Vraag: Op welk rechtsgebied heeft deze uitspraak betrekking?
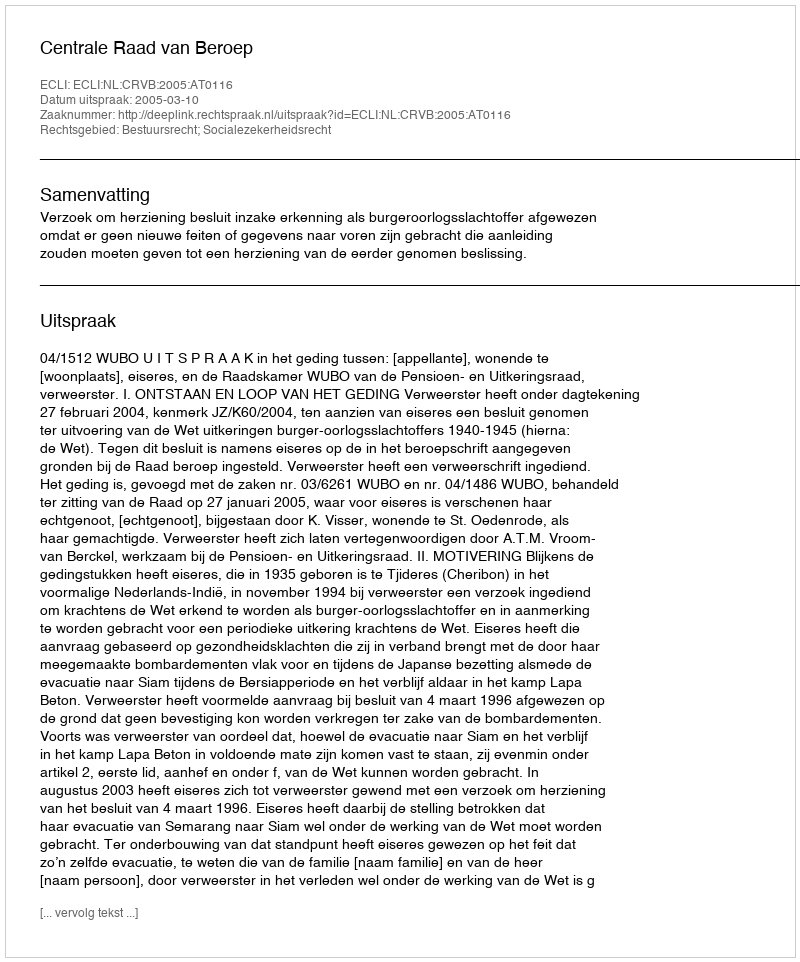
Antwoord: Bestuursrecht; Socialezekerheidsrecht